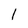
Character: l